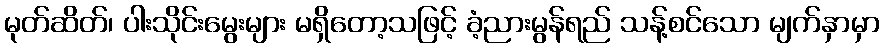
မုတ်ဆိတ်၊ ပါးသိုင်းမွေးများ မရှိတော့သဖြင့် ခံ့ညားမွန်ရည် သန့်စင်သော မျက်နှာမှာ